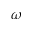
\omega